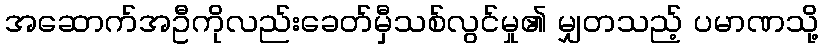
အဆောက်အဦကိုလည်းခေတ်မှီသစ်လွင်မှု၏ မျှတသည့် ပမာဏသို့